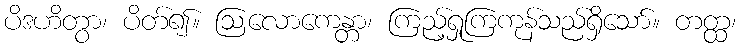
ပိဒဟိတွာ၊ ပိတ်၍။ ဩလောကေန္တာ၊ ကြည့်ရှုကြကုန်သည်ရှိသော်။ တတ္ထ၊